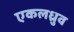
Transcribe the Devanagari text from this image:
एकलध्रुव